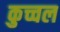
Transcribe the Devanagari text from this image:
कुच्चल